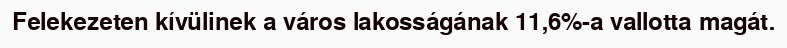
Felekezeten kívülinek a város lakosságának 11,6%-a vallotta magát.